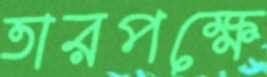
তারপক্ষে